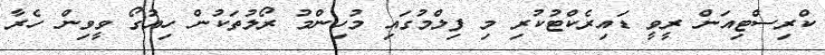
ކްރިސްޓިއަން ރީވީ ޑައިރެކްޓުކުރި މި ފިލްމުގައި މުހިންމު ރޯލުތަކުން ހިއުގޯ ވީވިން ހެރާ